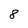
Character: 8